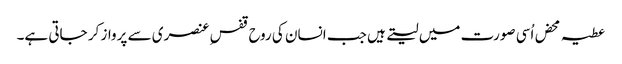
عطیہ محض اُسی صورت میں لیتے ہیں جب انسان کی روح قفس ِعنصری سے پرواز کر جاتی ہے۔